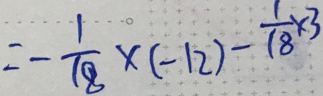
= - \frac { 1 } { 1 8 } \times ( - 1 2 ) - \frac { 1 } { 1 8 } \times 3